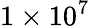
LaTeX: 1\times 10^{7}